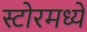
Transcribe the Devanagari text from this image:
स्टोरमध्ये